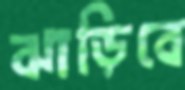
ঝাড়িবে